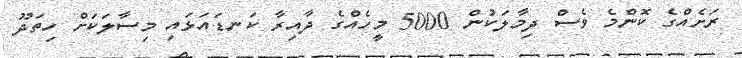
ރަށެއްގެ ކޮންމެ ވެސް ދިމާލަކުން 5000 މީހެއްގެ ދާއިރާ ކަނޑައަޅައި މިސާލަކަށް ހިތަދޫ